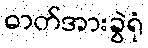
ဓာတ်အားခွဲရုံ